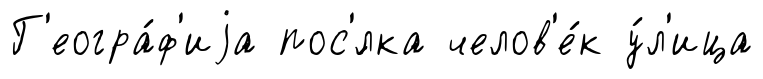
Г'еогра́ф'иjа пос'́лка челов'е́к у́л'ица